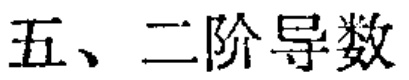
五、二阶导数